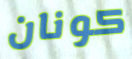
كونان